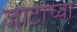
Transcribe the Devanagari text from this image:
जाटाच्या